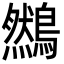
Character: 䳿